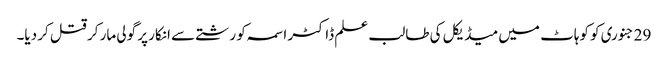
29 جنوری کو کوہاٹ میں میڈیکل کی طالب علم ڈاکٹر اسمہ کو رشتے سے انکار پر گولی مار کر قتل کر دیا۔